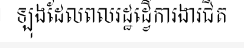
ឡុងដែលពលរដ្ឋដ្វើការងារជិត